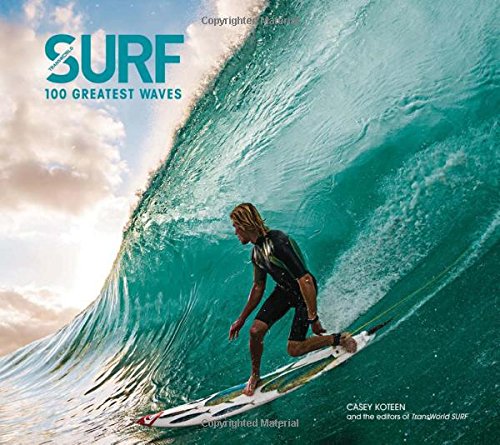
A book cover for Surf: 100 Greatest Waves; Casey Koteen; Sports & Outdoors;